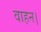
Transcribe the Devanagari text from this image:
वाहन।